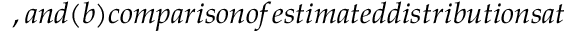
, a n d ( b ) c o m p a r i s o n o f e s t i m a t e d d i s t r i b u t i o n s a t